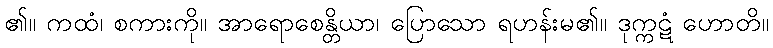
၏။ ကထံ၊ စကားကို။ အာရောစေန္တိယာ၊ ပြောသော ရဟန်းမ၏။ ဒုက္ကဋံ ဟောတိ။